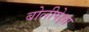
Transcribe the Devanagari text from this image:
बोलीपेक्षा